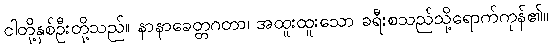
ငါတို့နှစ်ဦးတို့သည်။ နာနာခေတ္တဂတာ၊ အထူးထူးသော ခရီးစသည်သို့ရောက်ကုန်၏။